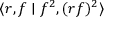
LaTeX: \langle r , f \mid f ^ { 2 } , ( r f ) ^ { 2 } \rangle